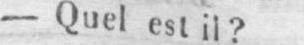
- Quel est il?